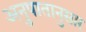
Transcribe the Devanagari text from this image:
अनुपातानुसार